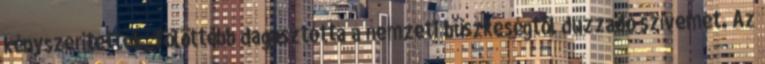
kényszerítettek, fölöttébb dagasztotta a nemzeti büszkeségtõl duzzadó szívemet. Az